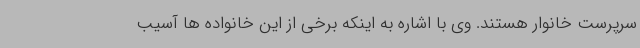
سرپرست خانوار هستند. وی با اشاره به اینکه برخی از این خانواده ها آسیب